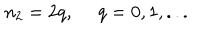
n _ { 2 } = 2 q , \ q = 0 , 1 , . . .